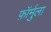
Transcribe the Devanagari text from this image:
फ़ॉर्मुला